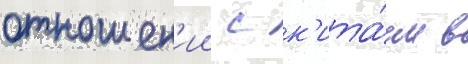
отношен'ии с к'ита́ем в